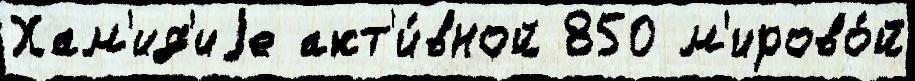
Хам'ид'иjе акт'и́вной 850 м'ирово́й